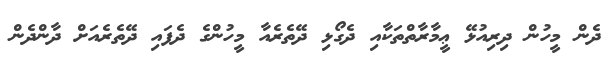
ދެން މީހުން ދިރިއުޅޭ ޢީމާރާތްތަކާއި ދެގޯޅި ދޭތެރެއާ މީހުންގެ ދެފައި ދޭތެރެއަށް ދާންދެން